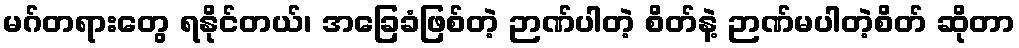
မဂ်တရားတွေ ရနိုင်တယ်၊ အခြေခံဖြစ်တဲ့ ဉာဏ်ပါတဲ့ စိတ်နဲ့ ဉာဏ်မပါတဲ့စိတ် ဆိုတာ